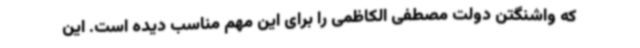
که واشنگتن دولت مصطفی الکاظمی را برای این مهم مناسب دیده است. این